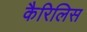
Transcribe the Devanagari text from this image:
कैरिलिस